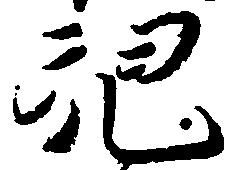
児